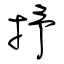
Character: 抒